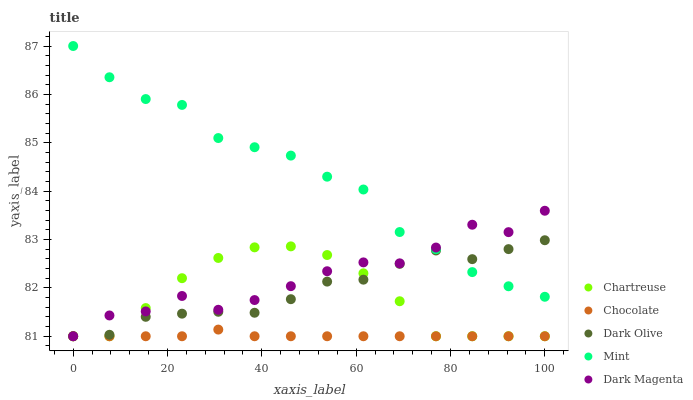
| xaxis_label | Chartreuse | Chocolate | Dark Olive | Mint | Dark Magenta |
 | --- | --- | --- | --- | --- | --- |
 | 0 | 81 | 81 | 81 | 87 | 81 |
 | 7.69 | 81 | 81 | 81 | 86.4 | 81.4 |
 | 15.4 | 81.6 | 81 | 81.4 | 85.9 | 81.5 |
 | 23.1 | 82.2 | 81 | 81.5 | 85.8 | 81.8 |
 | 30.8 | 82.6 | 81.1 | 81.5 | 85.1 | 81.5 |
 | 38.5 | 82.8 | 81 | 81.5 | 84.9 | 81.7 |
 | 46.2 | 82.9 | 81 | 81.8 | 84.7 | 82 |
 | 53.8 | 82.7 | 81 | 82.1 | 84.3 | 82.3 |
 | 61.5 | 82.3 | 81 | 82.2 | 84 | 82.5 |
 | 69.2 | 81.7 | 81 | 82.5 | 83.2 | 82.5 |
 | 76.9 | 81 | 81 | 82.8 | 82.8 | 82.8 |
 | 84.6 | 81 | 81 | 82.6 | 82.3 | 83.3 |
 | 92.3 | 81 | 81 | 82.8 | 82 | 83.2 |
 | 100 | 81 | 81 | 83 | 81.8 | 83.6 |